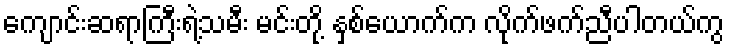
ကျောင်းဆရာကြီးရဲ့သမီး မင်းတို့ နှစ်ယောက်က လိုက်ဖက်ညီပါတယ်ကွ